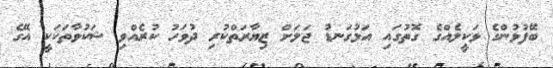
ބޭފުޅުންގެ ވަކީލެއްގެ ގޮތުގައި އަޅުގަނޑު ޖަލަށް ޒިޔާރަތްކުރި ދުވަހު ކުރެއްވި ޝަކުވާތަކަކީ އޭގެ